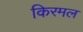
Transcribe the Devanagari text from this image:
किरमल